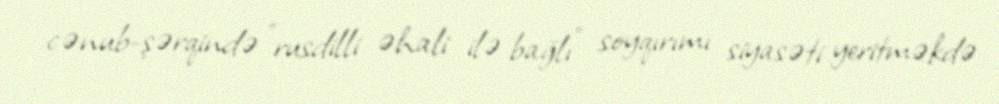
cənub-şərqində "rusdilli əhali ilə bağlı" soyqırımı siyasəti yeritməkdə